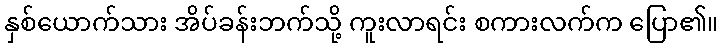
နှစ်ယောက်သား အိပ်ခန်းဘက်သို့ ကူးလာရင်း စကားလက်က ပြော၏။